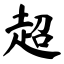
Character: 超